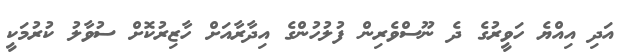
އަދި އިއްޔެ ހަވީރުގެ ދެ ނޫސްވެރިން ފުލުހުންގެ އިދާރާއަށް ހާޒިރުކޮށް ސުވާލު ކުރުމަކީ